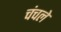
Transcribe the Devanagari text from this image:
चंचले